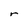
Character: r